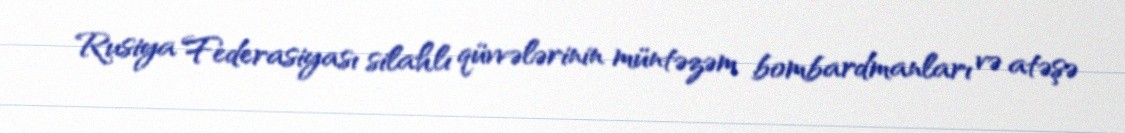
Rusiya Federasiyası silahlı qüvvələrinin müntəzəm bombardmanları və atəşə